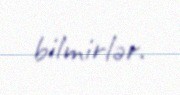
bilmirlər.